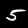
Label: 5